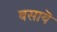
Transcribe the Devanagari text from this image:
बसायॆ